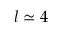
l \simeq 4